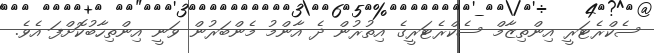
ސެކްރެޓަރީ އިންތިޒާމް ސެކްރެޓަރީގެ އިތުރުން ދެ އާންމު މެންބަރުން ވަނީ އިންތިހާބުކޮށްފަ އެވެ.